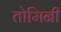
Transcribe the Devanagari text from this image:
तोमिनी